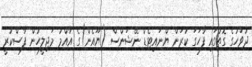
ދުވަހުގެ ގޮތުގައި ފާހަގަ ކުރަން ޔްނައިޓެޑް ނޭޝަންސް (ޔޫއެން)ގެ އާއްމު މަޖިލީހުން ފާސްކުރީ